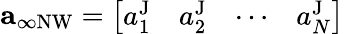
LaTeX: \begin{array}{r}{\mathbf{a}_{\infty\mathrm{NW}}=\left[\begin{array}{llll}{a_{1}^{\mathrm{J}}}&{a_{2}^{\mathrm{J}}}&{\cdots}&{a_{N}^{\mathrm{J}}}\end{array}\right]}\end{array}